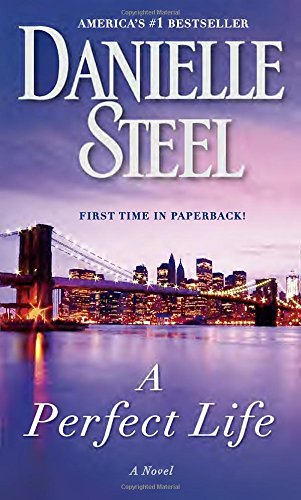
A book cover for A Perfect Life: A Novel; Danielle Steel; Literature & Fiction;